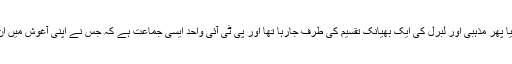
پاکستان اس وقتی لفٹ اور رائٹ یا پھر مذہبی اور لبرل کی ایک بھیانک تقسیم کی طرف جارہا تھا اور پی ٹی آئی واحد ایسی جماعت ہے کہ جس نے اپنی آغوش میں ان دونوں کو ایک ساتھ لے لیا ہے۔